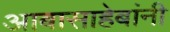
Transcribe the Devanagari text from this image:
आबासाहेबांनी